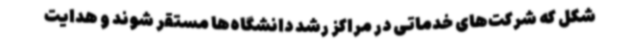
شکل که شرکت‌های خدماتی در مراکز رشد دانشگاه‌ها مستقر شوند و هدایت